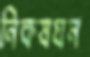
নিকষঘন